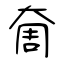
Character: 奝